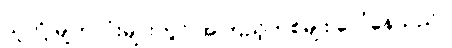
သူတို့ မျက်လုံးများတွင် အကြည့်တစ်မျိုး ပေါ်နေသည်။